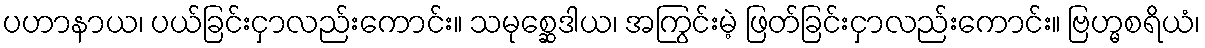
ပဟာနာယ၊ ပယ်ခြင်းငှာလည်းကောင်း။ သမုစ္ဆေဒါယ၊ အကြွင်းမဲ့ ဖြတ်ခြင်းငှာလည်းကောင်း။ ဗြဟ္မစရိယံ၊